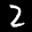
Label: 2